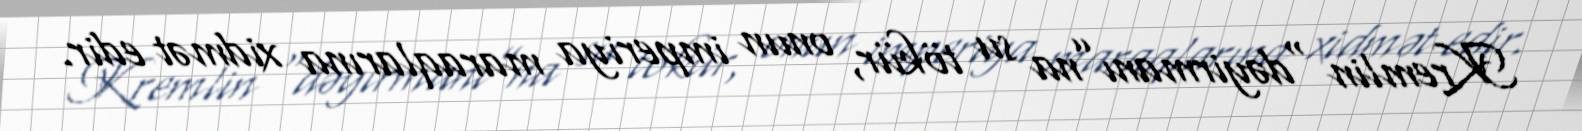
Kremlin “dəyirmanı”na su tökür, onun imperiya maraqlarına xidmət edir.